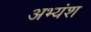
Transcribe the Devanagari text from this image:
अभ्यंश